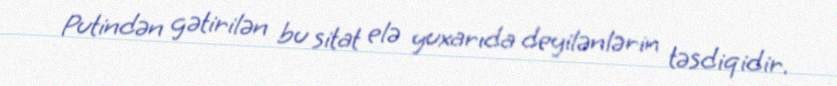
Putindən gətirilən bu sitat elə yuxarıda deyilənlərin təsdiqidir.